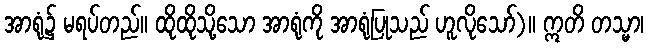
အာရုံ၌ မရပ်တည်။ ထိုထိုသို့သော အာရုံကို အာရုံပြုသည် ဟူလိုသော်)။ ဣတိ တသ္မာ၊